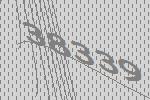
38339